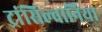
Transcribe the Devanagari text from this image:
ट्रांसिल्वानिया